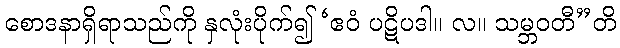
စောဒနာရှိရာသည်ကို နှလုံးပိုက်၍ ‘ဧဝံ ပဋိပဒါ။ လ။ သမ္ဘဝတီ”တိ